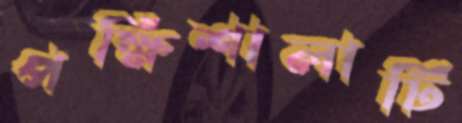
পক্ষিশালাটি